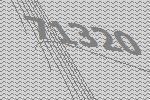
71320